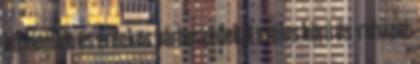
kifinomult és érdekes párbeszédek A széles körű és -ruházat